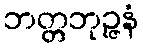
ဘတ္တဘုဉ္ဇနံ